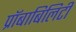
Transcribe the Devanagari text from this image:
प्रॉबाबिलिटी